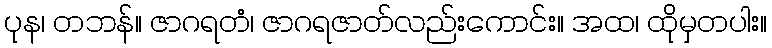
ပုန၊ တဘန်။ ဇာဂရတံ၊ ဇာဂရဇာတ်လည်းကောင်း။ အထ၊ ထိုမှတပါး။